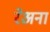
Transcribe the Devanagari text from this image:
रेअना